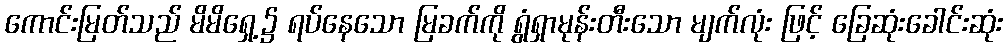
ကောင်းမြတ်သည် မိမိရှေ့၌ ရပ်နေသော မြခက်ကို ရွံရှာမုန်းတီးသော မျက်လုံး ဖြင့် ခြေဆုံးခေါင်းဆုံး